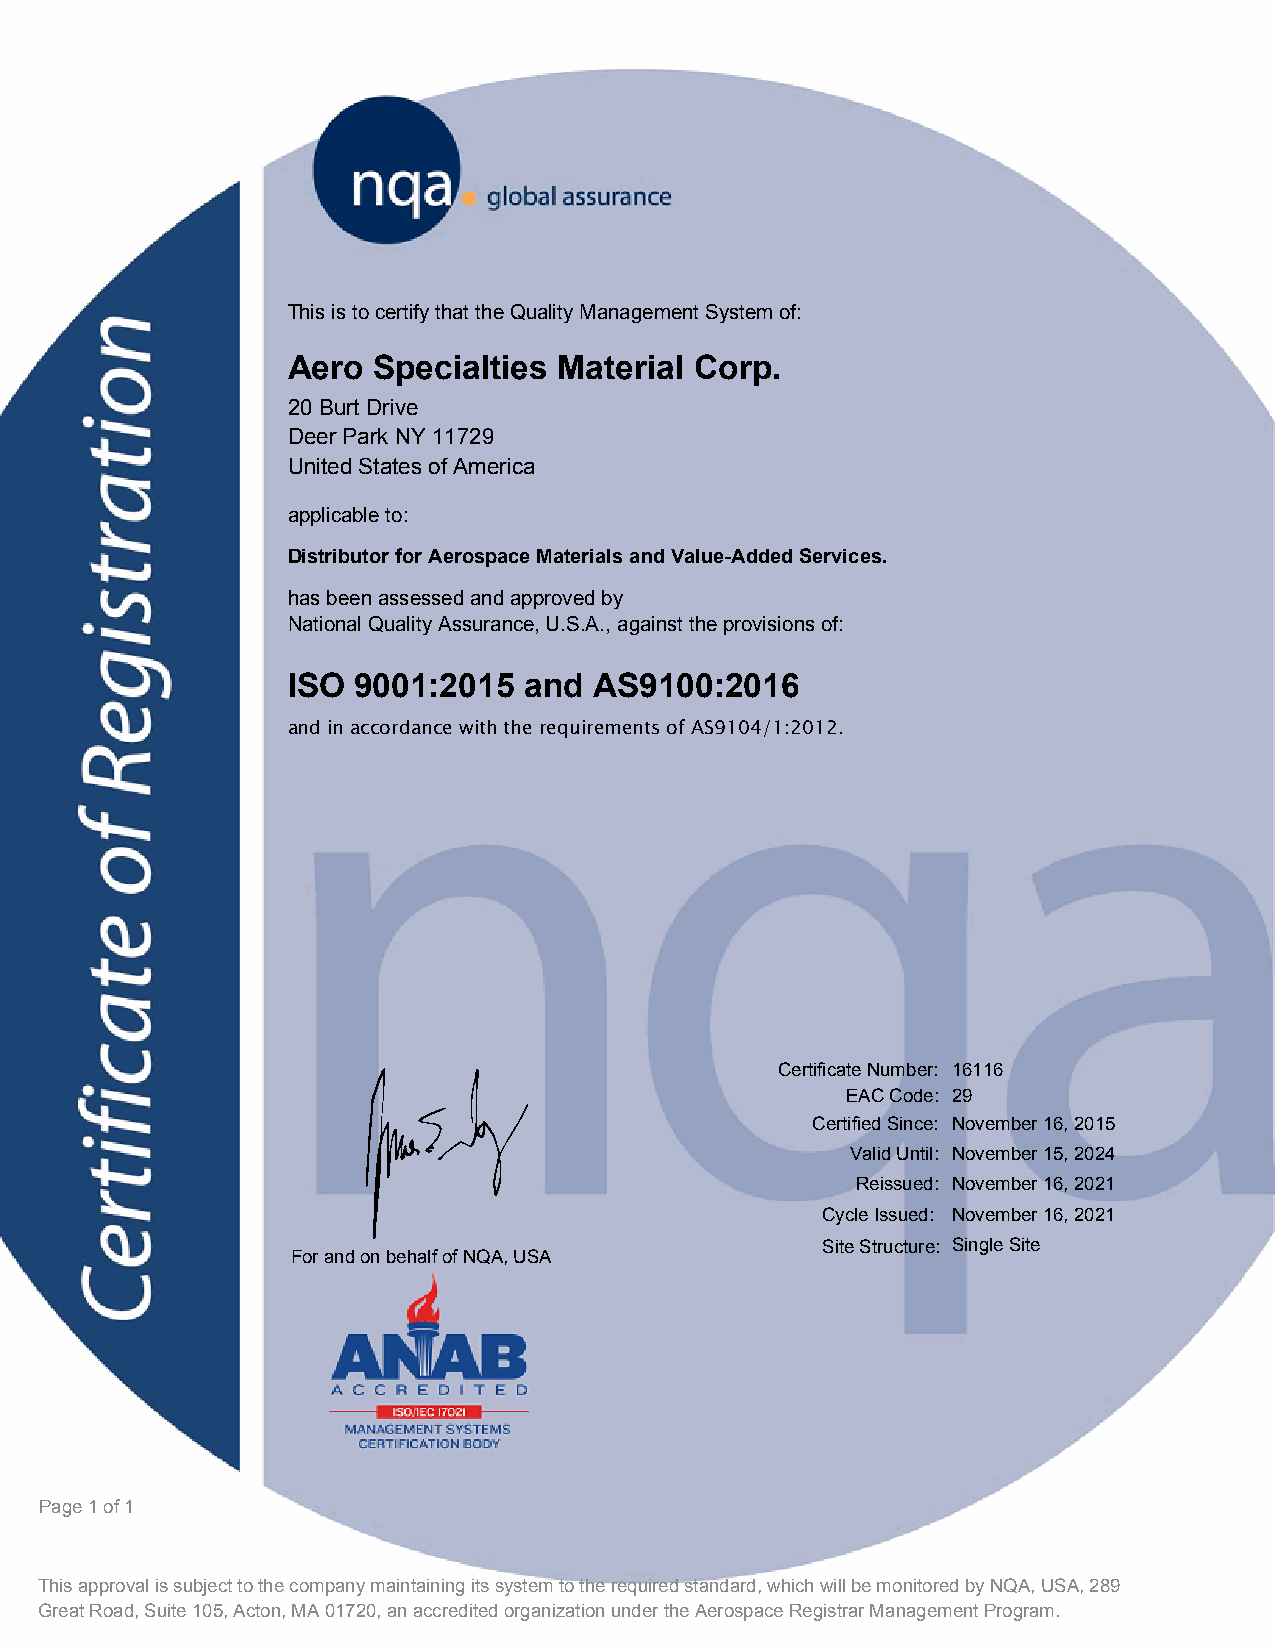
This is to certify that the Quality Management System of:
 Aero  Specialties Material Corp.
 20 Burt Drive
 Deer Park NY 11729
 United States of America
 applicable to:
 Distributor for Aerospace Materials and Value-Added Services.
 has been assessed and approved by
 National Quality Assurance, U.S.A., against the provisions of:
 ISO 9001:2015   and AS9100:2016
 and in accordance with the requirements of AS9104/1:2012.
 Certificate Number: 16116
 K                                EAC Code: 29
 Certified Since: November 16, 2015
 Valid Until: November 15, 2024
 Reissued: November 16, 2021
 Cycle Issued: November 16, 2021
 Site Structure: Single Site
 For and on behalf of NQA, USA
 Page 1 of 1
 This approval is subject to the company maintaining its system to the required standard, which will be monitored by NQA, USA, 289
 Great Road, Suite 105, Acton, MA 01720, an accredited organization under the Aerospace Registrar Management Program.